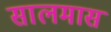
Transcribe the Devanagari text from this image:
सालमास